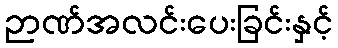
ဉာဏ်အလင်းပေးခြင်းနှင့်